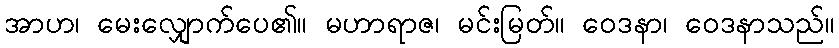
အာဟ၊ မေးလျှောက်ပေ၏။ မဟာရာဇ၊ မင်းမြတ်။ ဝေဒနာ၊ ဝေဒနာသည်။